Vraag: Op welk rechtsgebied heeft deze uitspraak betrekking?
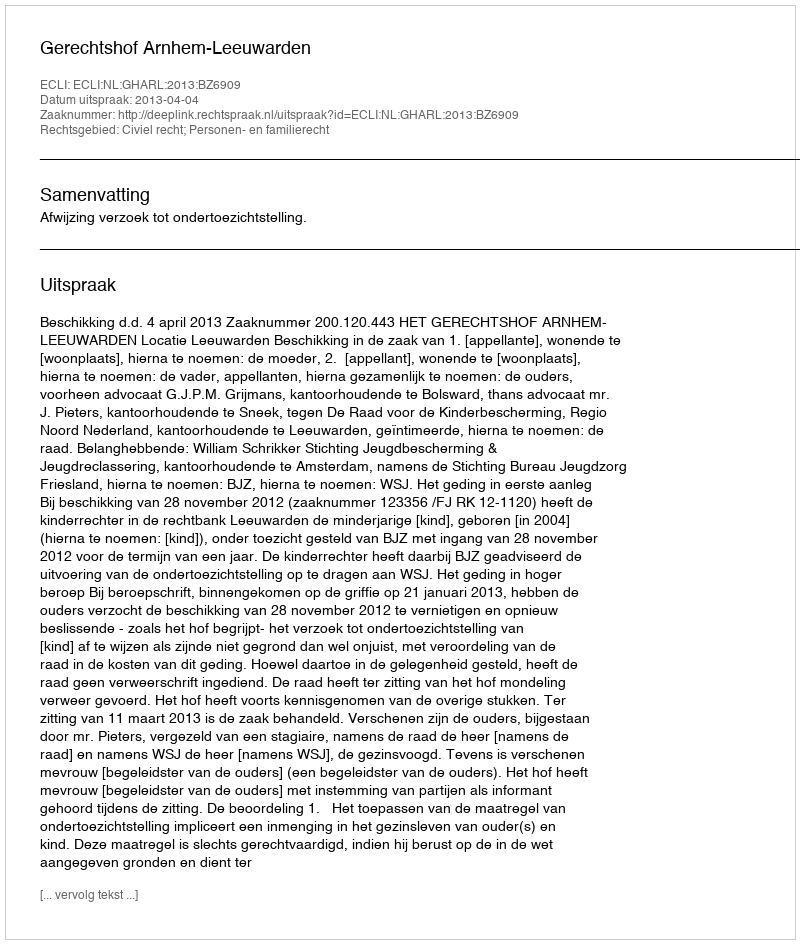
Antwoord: Civiel recht; Personen- en familierecht